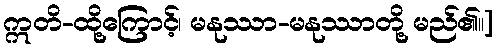
ဣတိ-ထို့ကြောင့်၊ မနုဿာ-မနုဿာတို့ မည်၏။]